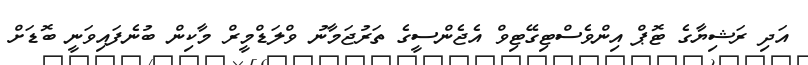
އަދި ރަޝިޔާގެ ޓޮޕް އިންވެސްޓިގޭޓިވް އެޖެންސީގެ ތަރުޖަމާނު ވްލަޑްމީރް މާކިން ބުނެފައިވަނީ ބޮޑަށް